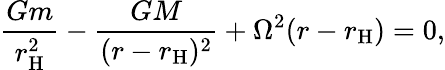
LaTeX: {\frac{Gm}{r_{\mathrm{H}}^{2}}}-{\frac{GM}{(r-r_{\mathrm{H}})^{2}}}+\Omega^{2}(r-r_{\mathrm{H}})=0,